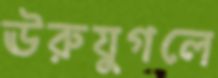
ঊরুযুগলে